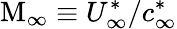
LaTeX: \mathrm{M}_{\infty}\equiv U_{\infty}^{\ast}/c_{\infty}^{\ast}